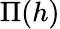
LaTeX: \Pi(h)